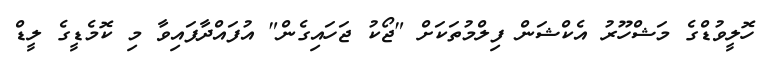
ހޮލީވުޑްގެ މަޝްހޫރު އެކްޝަން ފިލްމުތަކަށް "ޖޯކު ޖަހައިގެން" އުފައްދާފައިވާ މި ކޮމެޑީގެ ލީޑް